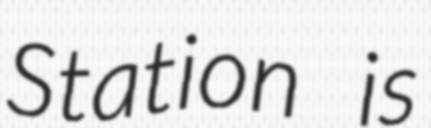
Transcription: Station is